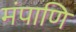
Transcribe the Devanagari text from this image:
मंपाणि